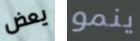
يعض ينمو